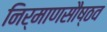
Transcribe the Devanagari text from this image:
निर्माणसौष्ठव